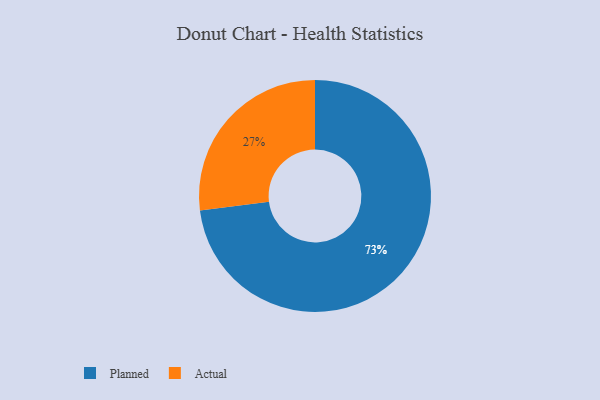
{"axis": {"x": "Category", "y": "Percentage"}, "legend": ["Actual", "Planned"], "data": [{"x": "Actual", "y": 27, "type": "Actual"}, {"x": "Planned", "y": 73, "type": "Planned"}]}